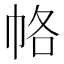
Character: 𭘞